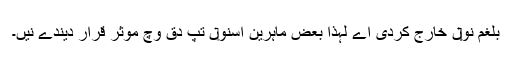
بلغم نو‏‏ں خارج کردی اے لہٰذا بعض ماہرین اسنو‏ں تپ دق وچ موثر قرار دیندے نيں۔